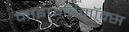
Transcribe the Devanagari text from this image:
नाइफर्टिमॉक्स